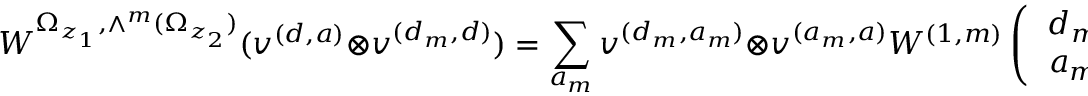
W ^ { \Omega _ { z _ { 1 } } , \wedge ^ { m } ( \Omega _ { z _ { 2 } } ) } ( v ^ { ( d , a ) } \otimes v ^ { ( d _ { m } , d ) } ) = \sum _ { a _ { m } } v ^ { ( d _ { m } , a _ { m } ) } \otimes v ^ { ( a _ { m } , a ) } W ^ { ( 1 , m ) } \left( \left. \begin{array} { c c } { { d _ { m } } } & { { d } } \\ { { a _ { m } } } & { { a } } \end{array} \right| z _ { 1 } - z _ { 2 } \right) ,